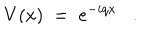
V ( x ) \; = \; e ^ { - i q x } .